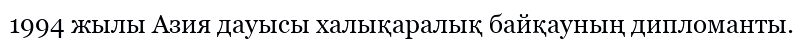
1994 жылы Азия дауысы халықаралық байқауның дипломанты.